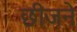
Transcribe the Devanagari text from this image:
छीजने